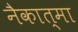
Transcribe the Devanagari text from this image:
नैकात्मा